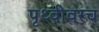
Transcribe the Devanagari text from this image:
पृथ्वीवरच